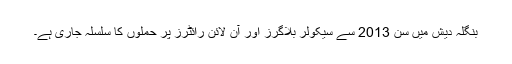
بنگلہ دیش میں سن 2013 سے سیکولر بلاگرز اور آن لائن رائٹرز پر حملوں کا سلسلہ جاری ہے۔